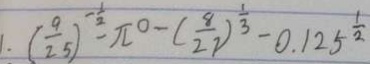
1 . ( \frac { 9 } { 2 5 } ) ^ { - \frac { 1 } { 2 } } - \pi ^ { 0 } - ( \frac { 8 } { 2 7 } ) ^ { \frac { 1 } { 3 } } - 0 . 1 2 5 ^ { \frac { 1 } { 2 } }